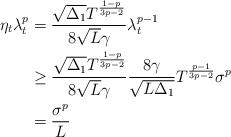
LaTeX: \begin{align*}\eta_{t}\lambda_{t}^{p} & =\frac{\sqrt{\Delta_{1}}T^{\frac{1-p}{3p-2}}}{8\sqrt{L}\gamma}\lambda_{t}^{p-1}\\ & \ge\frac{\sqrt{\Delta_{1}}T^{\frac{1-p}{3p-2}}}{8\sqrt{L}\gamma}\frac{8\gamma}{\sqrt{L\Delta_{1}}}T^{\frac{p-1}{3p-2}}\sigma^{p}\\ & =\frac{\sigma^{p}}{L}\end{align*}